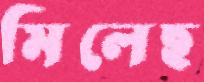
মিলেছ